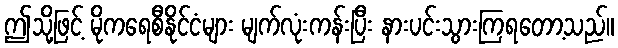
ဤသို့ဖြင့် မိုကရေစီနိုင်ငံများ မျက်လုံးကန်းပြီး နားပင်းသွားကြရတော့သည်။